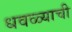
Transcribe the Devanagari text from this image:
धवळ्याची